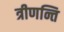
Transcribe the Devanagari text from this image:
त्रीणन्ति